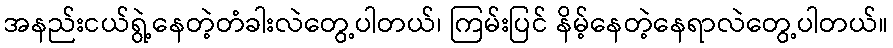
အနည်းငယ်ရွဲ့နေတဲ့တံခါးလဲတွေ့ပါတယ်၊ ကြမ်းပြင် နိမ့်နေတဲ့နေရာလဲတွေ့ပါတယ်။